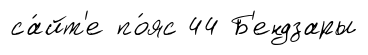
са́йт'е по́яс 44 Б'ендзары